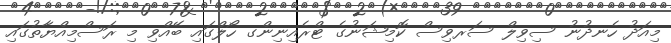
މިއަދު ހެނދުނު ސިވިލް ސަރވިސް ކޮމިޝަނުގެ ޓްރެއިނިންގ ހޯލްގައި ބޭއްވި މި ރަސްމިއްޔާތުގައި